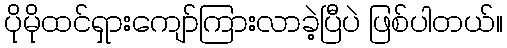
ပိုမိုထင်ရှားကျော်ကြားလာခဲ့ပြီပဲ ဖြစ်ပါတယ်။